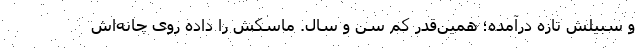
و سبیلش تازه درآمده؛ همین‌قدر کم سن و سال. ماسکش را داده روی چانه‌اش